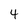
Character: 4